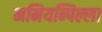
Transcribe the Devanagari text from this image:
मनियन्पिल्ला